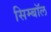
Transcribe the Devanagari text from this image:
सिम्बॉल